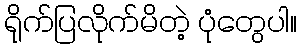
ရိုက်ပြလိုက်မိတဲ့ ပုံတွေပါ။